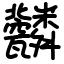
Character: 𦨆